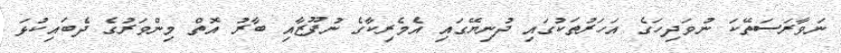
ނަވާރަސަތޭކަ ނުވަދިހަގެ އަހަރުތަކުގައި ދުނިޔޭގައި އެމެރިކާގެ ނުފޫޒާއި ބާރު އޮތް މިންވަރުގެ ދެބައިކުޅަ